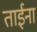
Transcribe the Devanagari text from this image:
ताईना